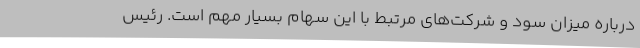
درباره میزان سود و شرکت‌های مرتبط با این سهام بسیار مهم است. رئیس